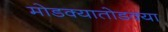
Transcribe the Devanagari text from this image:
मोडक्यातोडक्या